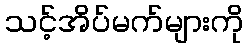
သင့်အိပ်မက်များကို